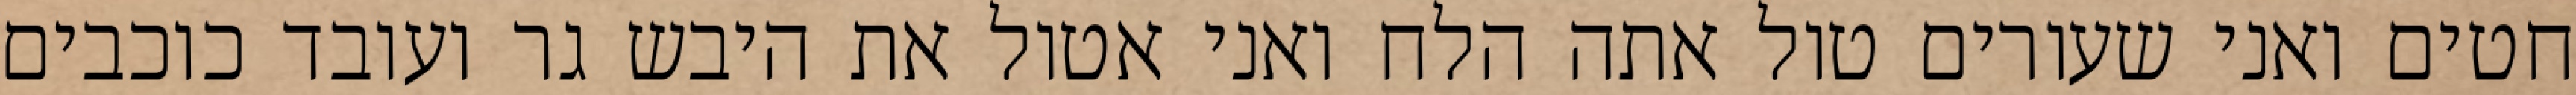
חטים ואני שעורים טול אתה הלח ואני אטול את היבש גר ועובד כוכבים